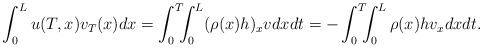
\begin{align*}\int_0^L u(T,x)v_T(x)dx =\int_0^T\!\!\!\int_0^L (\rho (x)h)_x v dxdt =-\int_0^T\!\!\!\int_0^L \rho (x)h v_x dxdt.\end{align*}